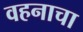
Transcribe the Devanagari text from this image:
वहनाचा